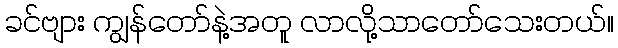
ခင်ဗျား ကျွန်တော်နဲ့အတူ လာလို့သာတော်သေးတယ်။